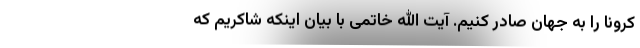
کرونا را به جهان صادر کنیم. آیت الله خاتمی با بیان اینکه شاکریم که